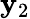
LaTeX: \mathbf{y}_{2}